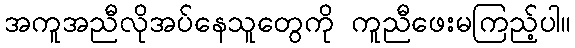
အကူအညီလိုအပ်နေသူတွေကို ကူညီဖေးမကြည့်ပါ။